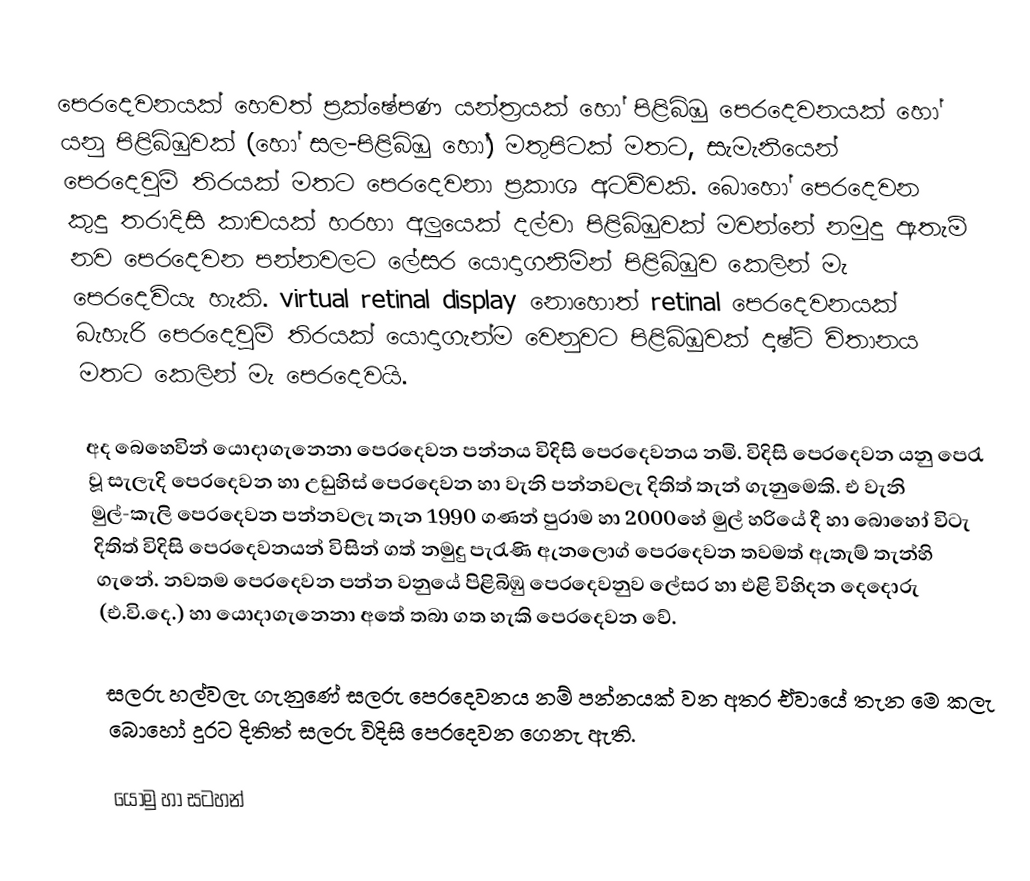
පෙරදෙවනයක් හෙවත් ප්‍රක්ෂේපණ යන්ත්‍රයක් හෝ පිළිබිඹු පෙරදෙවනයක් හෝ යනු පිළිබිඹුවක් (හෝ සල-පිළිබිඹු හෝ) මතුපිටක් මතට, සැමැනියෙන් පෙරදෙවුම් තිරයක් මතට පෙරදෙවනා ප්‍රකාශ අටව්වකි. බොහෝ පෙරදෙවන කුදු තරාදිසි කාචයක් හරහා අලුයෙක් දල්වා පිළිබිඹුවක් මවන්නේ නමුදු ඇතැම් නව පෙරදෙවන පන්නවලට ලේසර යොදාගනිමින් පිළිබිඹුව කෙලින් මැ පෙරදෙවියැ හැකි. virtual retinal display නොහොත් retinal පෙරදෙවනයක් බැහැරි පෙරදෙවුම් තිරයක් යොදාගැන්ම වෙනුවට පිළිබිඹුවක් දෘෂ්ටි විතානය මතට කෙලින් මැ පෙරදෙවයි.

අද බෙහෙවින් යොදාගැනෙනා පෙරදෙවන පන්නය විදිසි පෙරදෙවනය නමි. විදිසි පෙරදෙවන යනු පෙරැ වූ සැලැදි පෙරදෙවන හා උඩුහිස් පෙරදෙවන හා වැනි පන්නවලැ දිතිත් තැන් ගැනුමෙකි. එ වැනි මුල්-කැලි පෙරදෙවන පන්නවලැ තැන 1990 ගණන් පුරාම හා 2000හේ මුල් හරියේ දී හා බොහෝ විටැ දිතිත් විදිසි පෙරදෙවනයන් විසින් ගත් නමුදු පැරැණි ඇනලොග් පෙරදෙවන තවමත් ඇතැම් තැන්හි ගැනේ. නවතම පෙරදෙවන පන්න වනුයේ පිළිබිඹු පෙරදෙවනුව ලේසර හා එළි විහිදන දෙදොරු (එ.වි.දෙ.) හා යොදාගැනෙනා අතේ තබා ගත හැකි පෙරදෙවන වේ.

සලරු හල්වලැ ගැනුණේ සලරු පෙරදෙවනය නම් පන්නයක් වන අතර ඒවායේ තැන මෙ කලැ බොහෝ දුරට දිතිත් සලරු විදිසි පෙරදෙවන ගෙනැ ඇති.

යොමු හා සටහන්